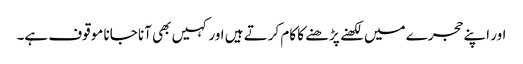
اور اپنے حجرے میں لکھنے پڑھنے کا کام کرتے ہیں اور کہیں بھی آنا جانا موقوف ہے۔